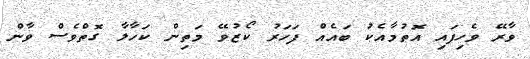
ވާރޭ ވެހިފައި އޮތުމާއެކު ބައެއް ފަހަރު ކޯޒުވޭ މަތިން ކަހާލާ ގޮތްވެސް ވާން